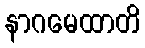
နာဂမေထာတိ